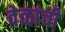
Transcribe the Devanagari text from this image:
वेळांची